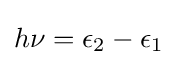
h\nu =\epsilon _{2}-\epsilon _{1}